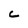
Character: C